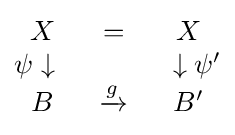
{\begin{matrix}X&=&X\\\psi \downarrow {\text{ }}&{\text{ }}&{\text{ }}\downarrow \psi '\\B&\xrightarrow {g} &B'\end{matrix}}